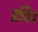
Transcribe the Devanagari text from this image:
रषिद